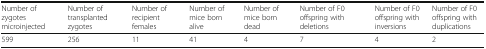
| Number of zygotes microinjected | Number of transplanted zygotes | Number of recipient females | Number of mice born alive | Number of mice born dead | Number of F0 offspring with deletions | Number of F0 offspring withinversions | Number of F0 offspring withduplications |
 | --- | --- | --- | --- | --- | --- | --- | --- |
 | 599 | 256 | 11 | 41 | 4 | 7 | 4 | 2 |